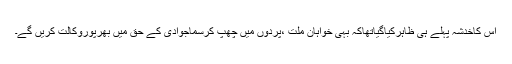
اس کاخدشہ پہلے ہی ظاہرکیاگیاتھاکہ بہی خواہان ملت ،پردوں میں چھُپ کرسماجوادی کے حق میں بھرپوروکالت کریں گے۔